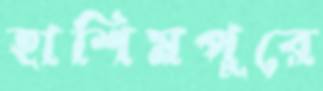
হাশিমপুরে